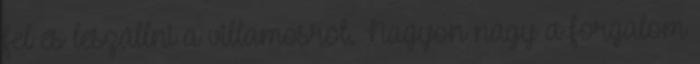
fel és leszállni a villamosról. Nagyon nagy a forgalom